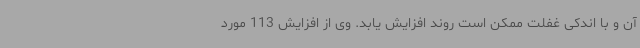
آن و با اندکی غفلت ممکن است روند افزایش یابد. وی از افزایش 113 مورد